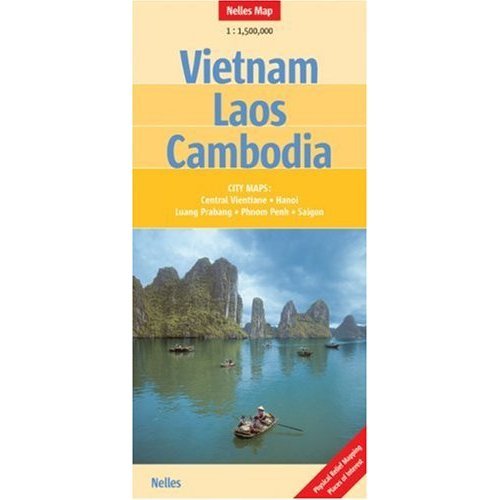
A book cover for Vietnam, Laos, Cambodia Map; Travel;